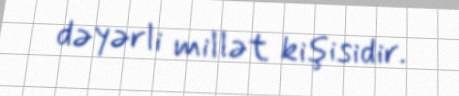
dəyərli millət kişisidir.